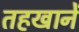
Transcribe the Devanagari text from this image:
तहखानें